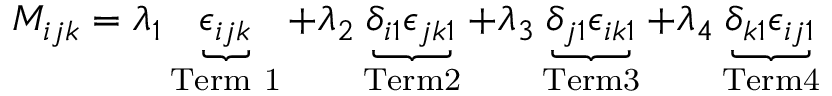
M _ { i j k } = \lambda _ { 1 } \underbrace { \epsilon _ { i j k } } _ { \mathrm { T e r m ~ 1 } } + \lambda _ { 2 } \underbrace { \delta _ { i 1 } \epsilon _ { j k 1 } } _ { \mathrm { T e r m 2 } } + \lambda _ { 3 } \underbrace { \delta _ { j 1 } \epsilon _ { i k 1 } } _ { \mathrm { T e r m 3 } } + \lambda _ { 4 } \underbrace { \delta _ { k 1 } \epsilon _ { i j 1 } } _ { \mathrm { T e r m 4 } }